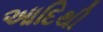
આદિથી